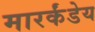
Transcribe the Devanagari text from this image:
मारर्कंडेय